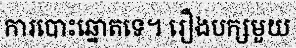
ការបោះឆ្នោតទេ។ រឿងបក្សមួយ